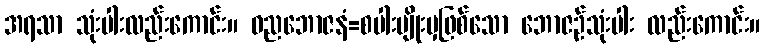
အရသာ သုံးပါးလည်းကောင်း။ ဓညဘောဇနံ=စပါးမျိုးမှဖြစ်သော ဘောဇဉ်သုံးပါး လည်းကောင်း။